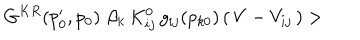
LaTeX: G ^ { K R } ( p _ { 0 } ^ { \prime } , p _ { 0 } ) \, \, \beta _ { k } \, K _ { i j } ^ { 0 } \, g _ { i j } ( p _ { k 0 } ) \, ( \, V - V _ { i j } \, ) >